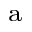
^ \mathrm { a }